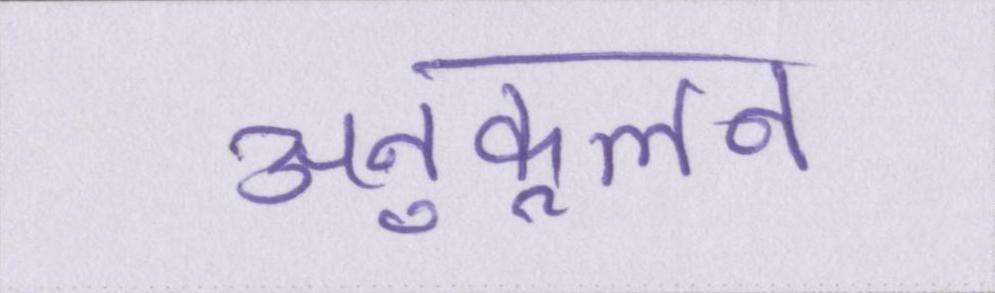
अनुकूलन